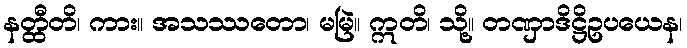
နတ္ထီတိ၊ ကား။ အသဿတော၊ မမြဲ။ ဣတိ၊ သို့။ တဏှာဒိဋ္ဌိဥပယေန၊